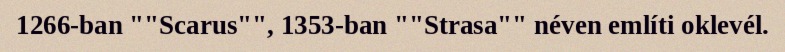
1266-ban ""Scarus"", 1353-ban ""Strasa"" néven említi oklevél.